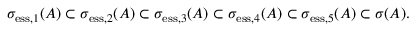
\sigma _ { \mathrm { e s s } , 1 } ( A ) \subset \sigma _ { \mathrm { e s s } , 2 } ( A ) \subset \sigma _ { \mathrm { e s s } , 3 } ( A ) \subset \sigma _ { \mathrm { e s s } , 4 } ( A ) \subset \sigma _ { \mathrm { e s s } , 5 } ( A ) \subset \sigma ( A ) .